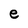
Character: e